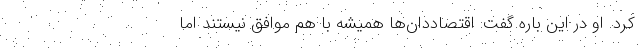
کرد. او در این باره گفت:‌ اقتصاددان‌ها همیشه با هم موافق نیستند اما